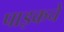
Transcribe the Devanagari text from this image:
पाइकचे